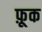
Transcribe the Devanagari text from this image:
फ़ूक